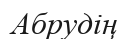
Абрудің